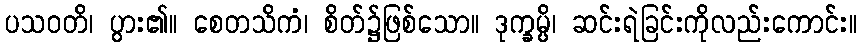
ပသဝတိ၊ ပွား၏။ စေတသိကံ၊ စိတ်၌ဖြစ်သော။ ဒုက္ခမ္ပိ၊ ဆင်းရဲခြင်းကိုလည်းကောင်း။